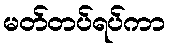
မတ်တပ်ရပ်ကာ